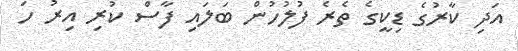
އަދި ކާރުގެ ޑިކީގެ ތެރެ ފުލުހުން ބަލައި ފާސް ކުރި އިރު ހަ